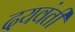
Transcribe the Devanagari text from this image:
दयवंती